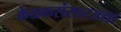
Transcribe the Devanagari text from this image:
केळकरांसारख्या